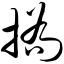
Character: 挢